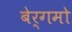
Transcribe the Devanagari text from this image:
बेर्गमो